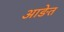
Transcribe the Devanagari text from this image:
आङेत